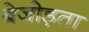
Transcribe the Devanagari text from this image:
बेजोड़ता